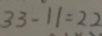
3 3 - 1 1 = 2 2